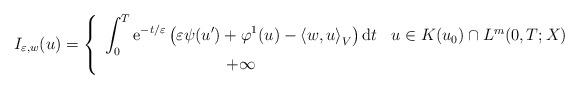
LaTeX: \begin{align*}I_{\varepsilon,w}(u)=\left\{\begin{array}[c]{cc}\displaystyle{\int_{0}^{T}\mathrm{e}^{-t/\varepsilon}\left( \varepsilon\psi(u^{\prime})+\varphi^{1}(u)-\left\langle w,u\right\rangle _{V}\right)\mathrm{d}t} & u\in K(u_{0})\cap L^{m}(0,T;X)\\+\infty & \end{array}\right. \end{align*}